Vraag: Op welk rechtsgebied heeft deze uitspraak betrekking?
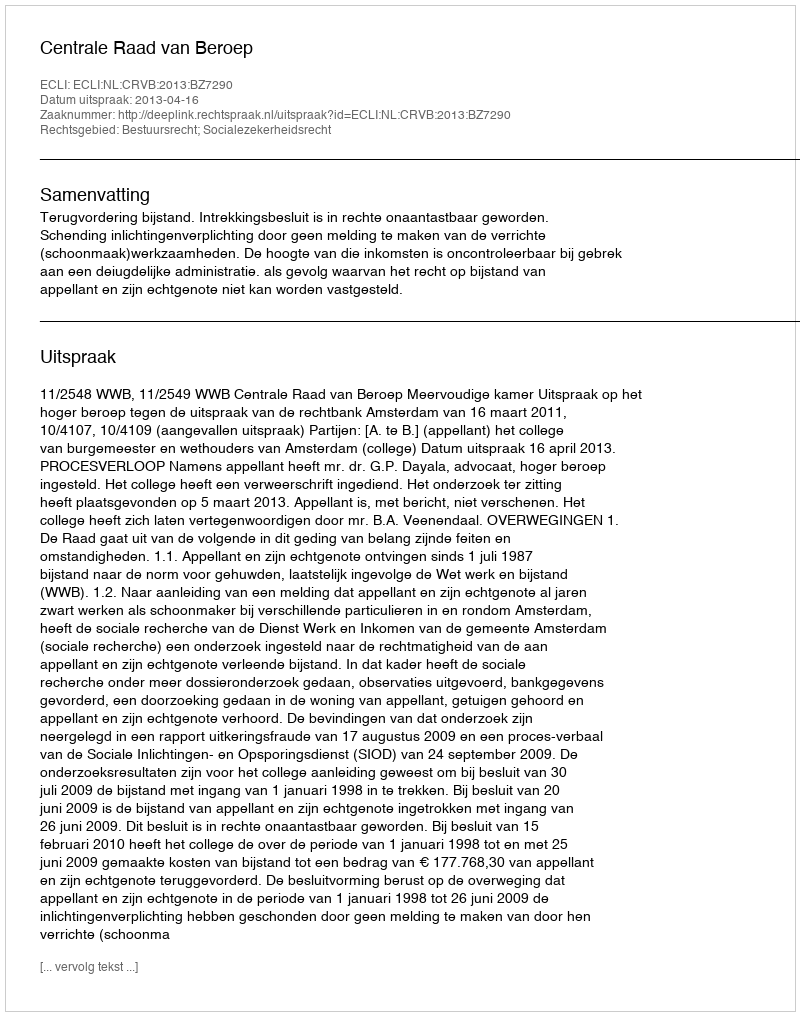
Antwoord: Bestuursrecht; Socialezekerheidsrecht